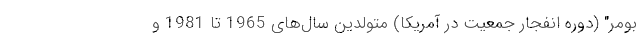
بومر" (دوره انفجار جمعیت در آمریکا) متولدین سال‌های 1965 تا 1981 و